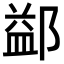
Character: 𨜶